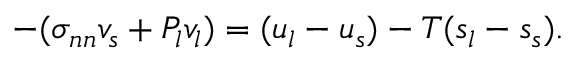
- ( \sigma _ { n n } v _ { s } + P _ { l } v _ { l } ) = ( u _ { l } - u _ { s } ) - T ( s _ { l } - s _ { s } ) .